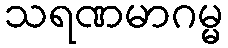
သရဏမာဂမ္မ